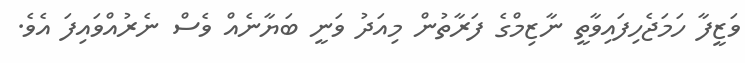
ވަޒީފާ ހަމަޖެހިފައިވާތީ ނާޒިމްގެ ފަރާތުން މިއަދު ވަނީ ބަޔާނެއް ވެސް ނެރުއްވައިފަ އެވެ.